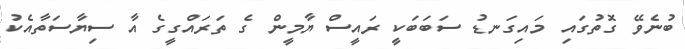
ބުނެވޭ ގޮތުގައި މައިގަނޑު ސަބަބަކީ ރައީސް ޔާމީން ގެ ތަރައްގީގެ އާ ސިޔާސަތާއެކު